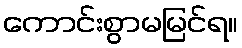
ကောင်းစွာမမြင်ရ။